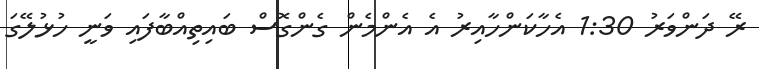
ރޭ ދަންވަރު 1:30 އެހާކަންހާއިރު އެ އެންމެން ގެންގޮސް ބައިތިއްބާފައި ވަނީ ހުޅުލޭގަ